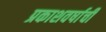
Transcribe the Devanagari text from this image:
प्रकाशवर्षाची